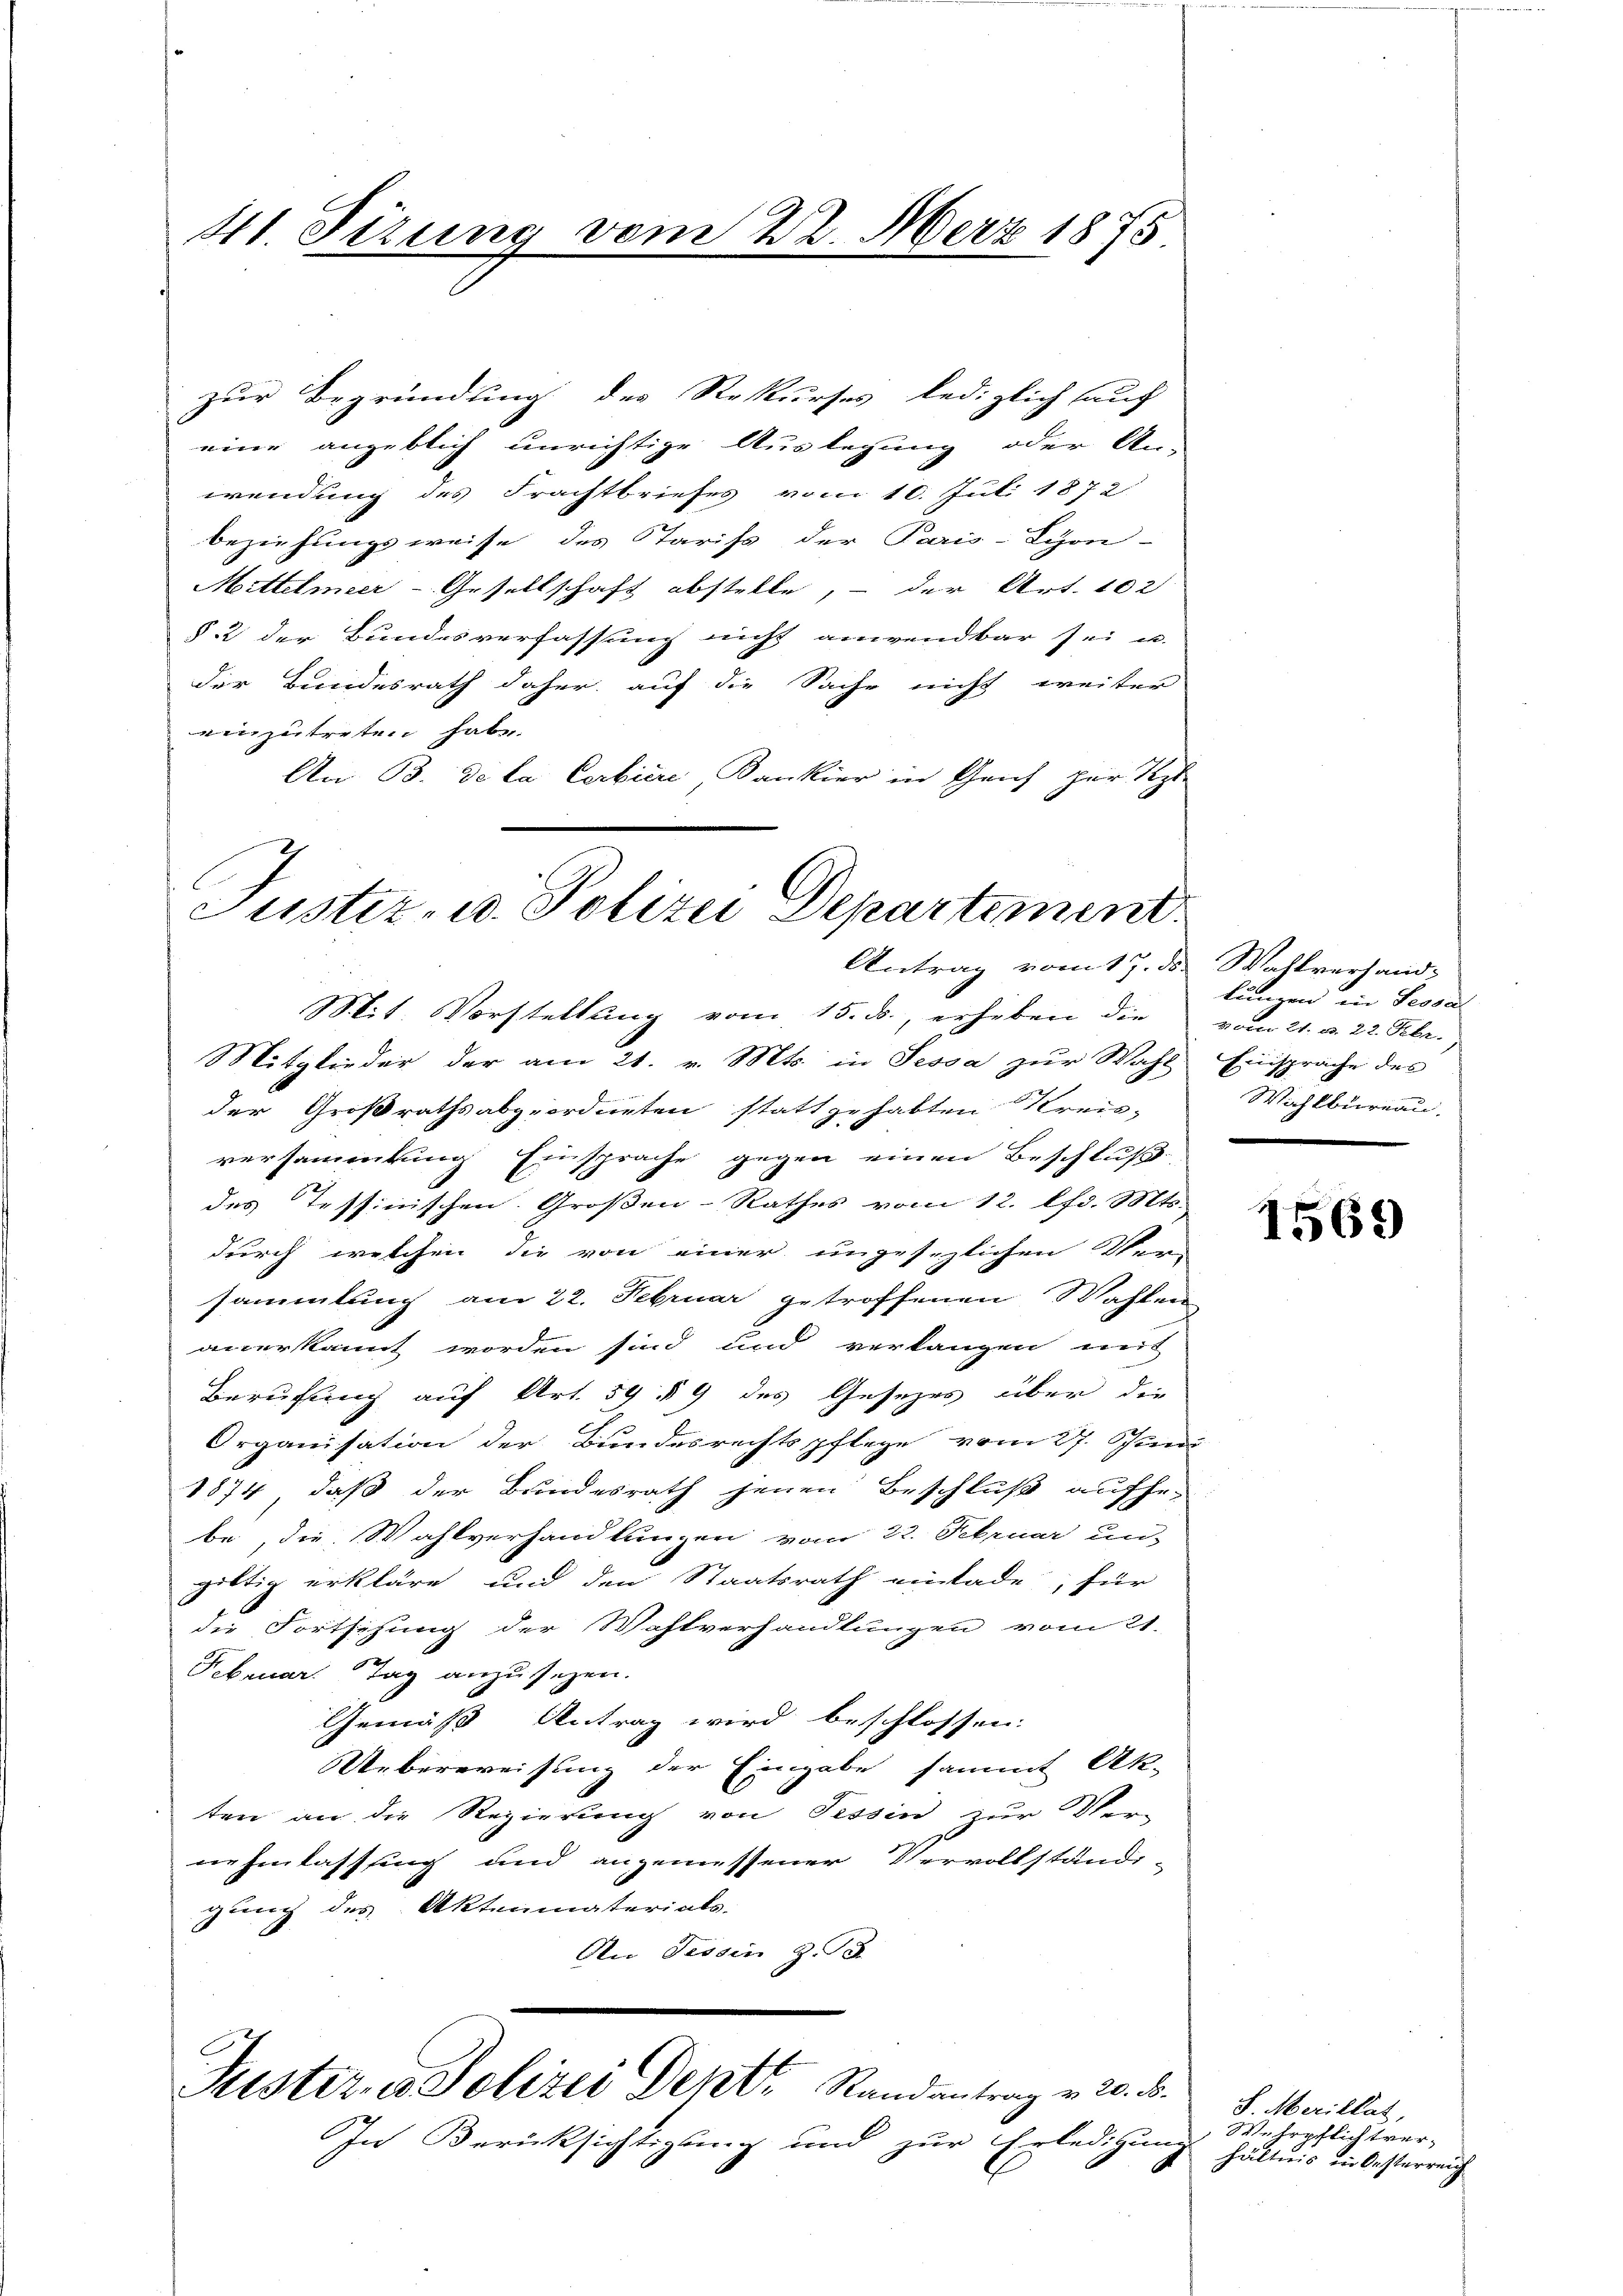
41. Serung

zur Begründung des Rekurses lediglich auf
eine angeblich unrichtige Auslegung oder An
wendung des Frachtbriefes vom 10. Juli 1872
beziehungsweise des Stariss der Paris-Schön-
Mittelmeer - Gesellschaft abstelle, – der Art. 102
§ 2 der Bundesverfassung nicht anwendbar sei u.
der Bundesrath daher auf die Sache nicht weiter
einzutreten habe.
An B. de la Corbiere, Kankier in Geich zur Repr

vom 22. März 1875

Justiz- u. Polizei Departement
Antrag vom 17. ds. Wahlversand-
Mit. Vorstellung vom 15. ds., erheben die vom 21. v. 22. Febr.
Mitglieder der am 21. v. Mts. in Tessa zur Wahl Einsprache des

In Berücksichtigung und zur Erledigung

der Großrathsabgeordneten stattgehabten Kreisversammlung Einsprache gegen einen Beschluß
des Tessinischen Großen-Rathes vom 12. lfd. Mts.
durch welchen die von einer ungesezlichen Ver-
sammlung am 22. Februar getroffenen Wahlen
anerkannt worden sind und verlangen mit
Berufung auf Art. 59 § 9 des Gesetzes über die
Organisation der Bundesrechtspflege vom 27. Juni
1874, daß der Bundesrath jenen Beschluß aufge-
be, die Wahlverhandlungen vom 22. Februar un-
gültig erkläre und den Staatsrath einlade, für
die Fortsetzung der Wahlverhandlungen vom 21.
Februar. Tag anzusehen.
Gemäß Antrag wird beschlossen:
Ueberweisung der Eingabe sammt Ak-
ten an die Regierung von Tessin zur Ver-
nehmlassung und angemessener Vervollständi-
gung des Aktenmaterials-
An Tessin Z. 3

Justiz & Polizei Deptr Randantrag v. 20. d.

lungen in Testal
Wahlbureau.
.

1569

S. Merillat,
Wehrpflichtver-
hältnis in Oesterreich